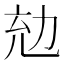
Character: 𠡜